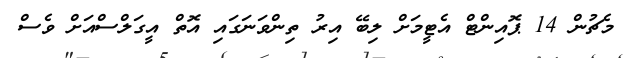
މެޗުން 14 ޕޮއިންޓް އެޓީމަށް ލިބޭ އިރު ތިންވަނަގައި އޮތް އީގަލްސްއަށް ވެސް